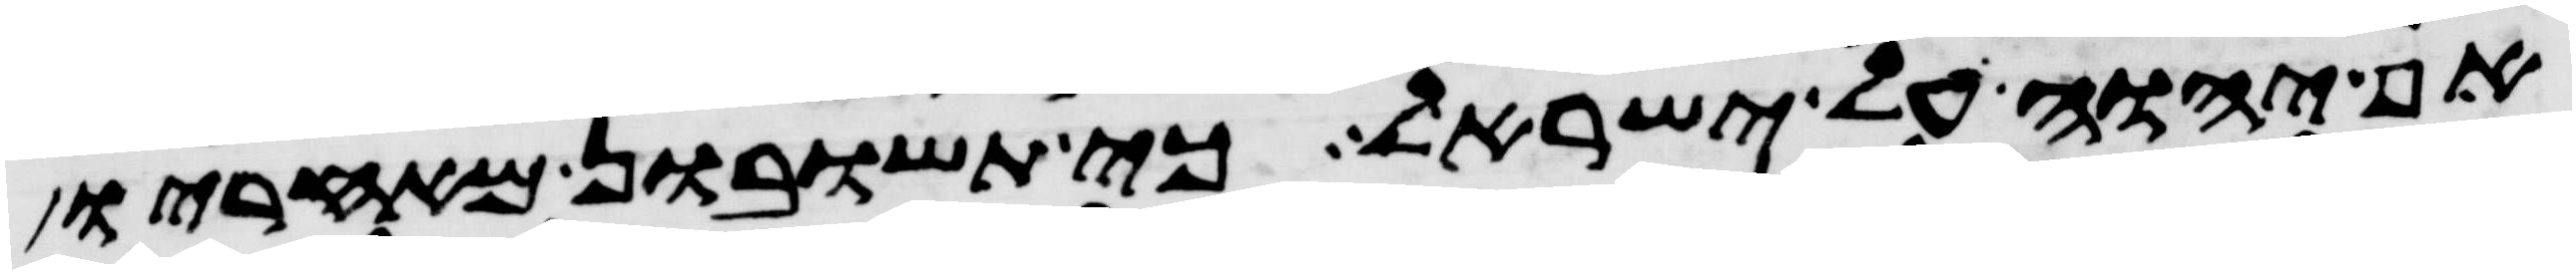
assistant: אף יהוה על ישראל כי תשובון מאחריו